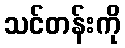
သင်တန်းကို